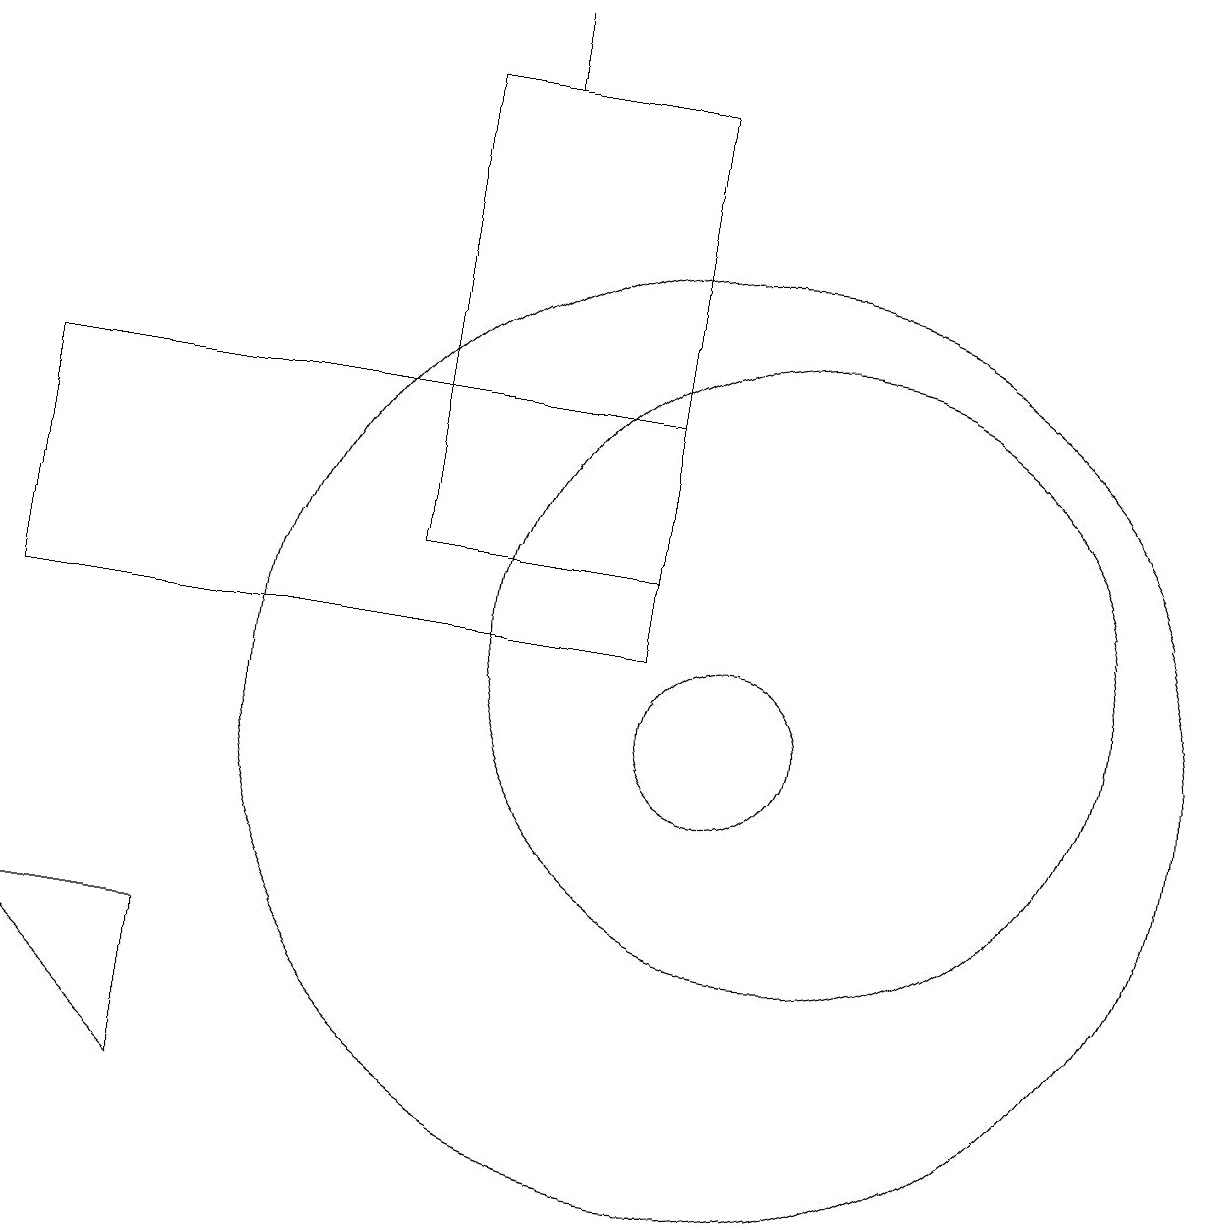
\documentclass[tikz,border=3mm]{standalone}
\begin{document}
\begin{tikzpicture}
\draw (6,18) rectangle (9,12);
\draw (10,10) circle (1);
\draw (10,10) circle (6);
\draw (11,11) circle (4);
\draw (7,19) rectangle (7,18);
\draw (1,11) rectangle (9,14);
\draw (3,7) -- (3,5) -- (1,7) -- cycle;
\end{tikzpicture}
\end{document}